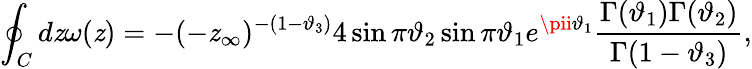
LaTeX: \oint_{C}d\mathit{z}\omega(\mathit{z})=-(-\mathit{z}_{\infty})^{-(1-\vartheta_{3})}4\sin\pi\vartheta_{2}\sin\pi\vartheta_{1}e^{\pii\vartheta_{1}}\frac{{\Gamma(\vartheta_{1})\Gamma(\vartheta_{2})}}{{\Gamma(1-\vartheta_{3})}},